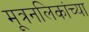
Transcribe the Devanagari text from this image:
मूत्रनलिकांच्या